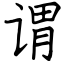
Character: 谓